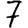
Digit: 7